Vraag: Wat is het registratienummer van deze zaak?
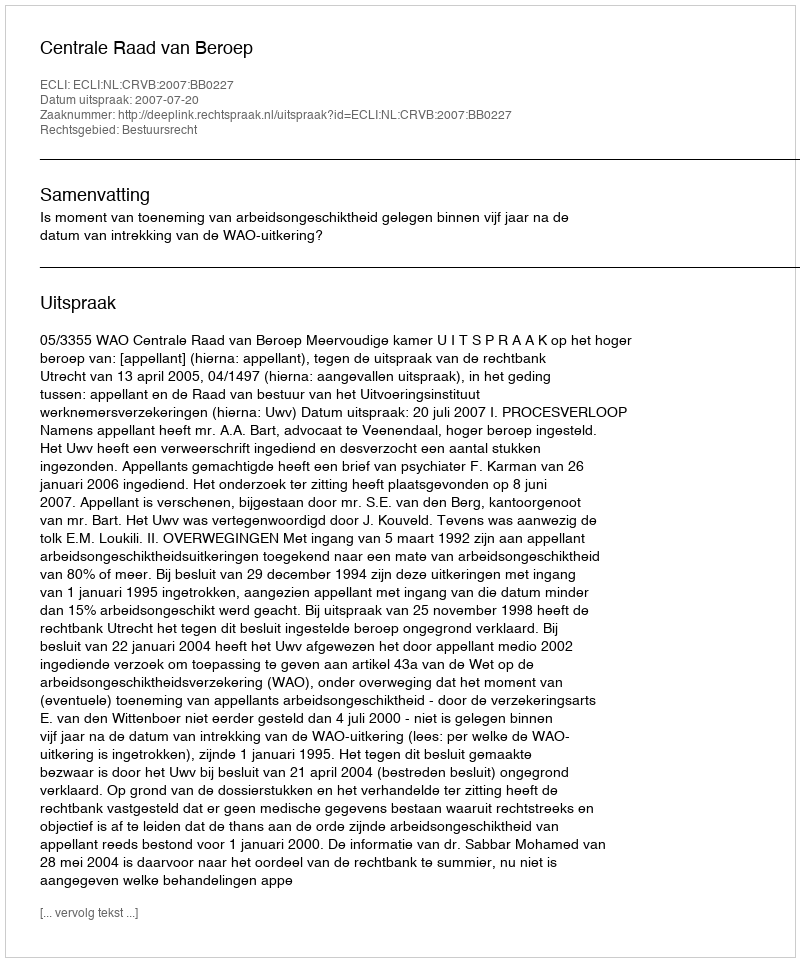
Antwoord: http://deeplink.rechtspraak.nl/uitspraak?id=ECLI:NL:CRVB:2007:BB0227